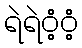
ရဲရဲဝံ့ဝံ့